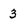
Character: 3